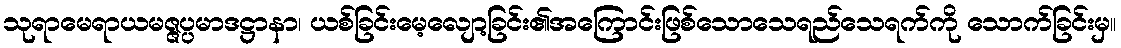
သုရာမေရာယမဇ္ဇပ္ပမာဒဋ္ဌာနာ၊ ယစ်ခြင်းမေ့လျော့ခြင်း၏အကြောင်းဖြစ်သောသေရည်သေရက်ကို သောက်ခြင်းမှ။